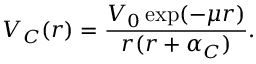
V _ { C } ( r ) = \frac { V _ { 0 } \exp ( - \mu r ) } { r ( r + \alpha _ { C } ) } .